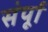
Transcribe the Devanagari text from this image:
संर्पूा